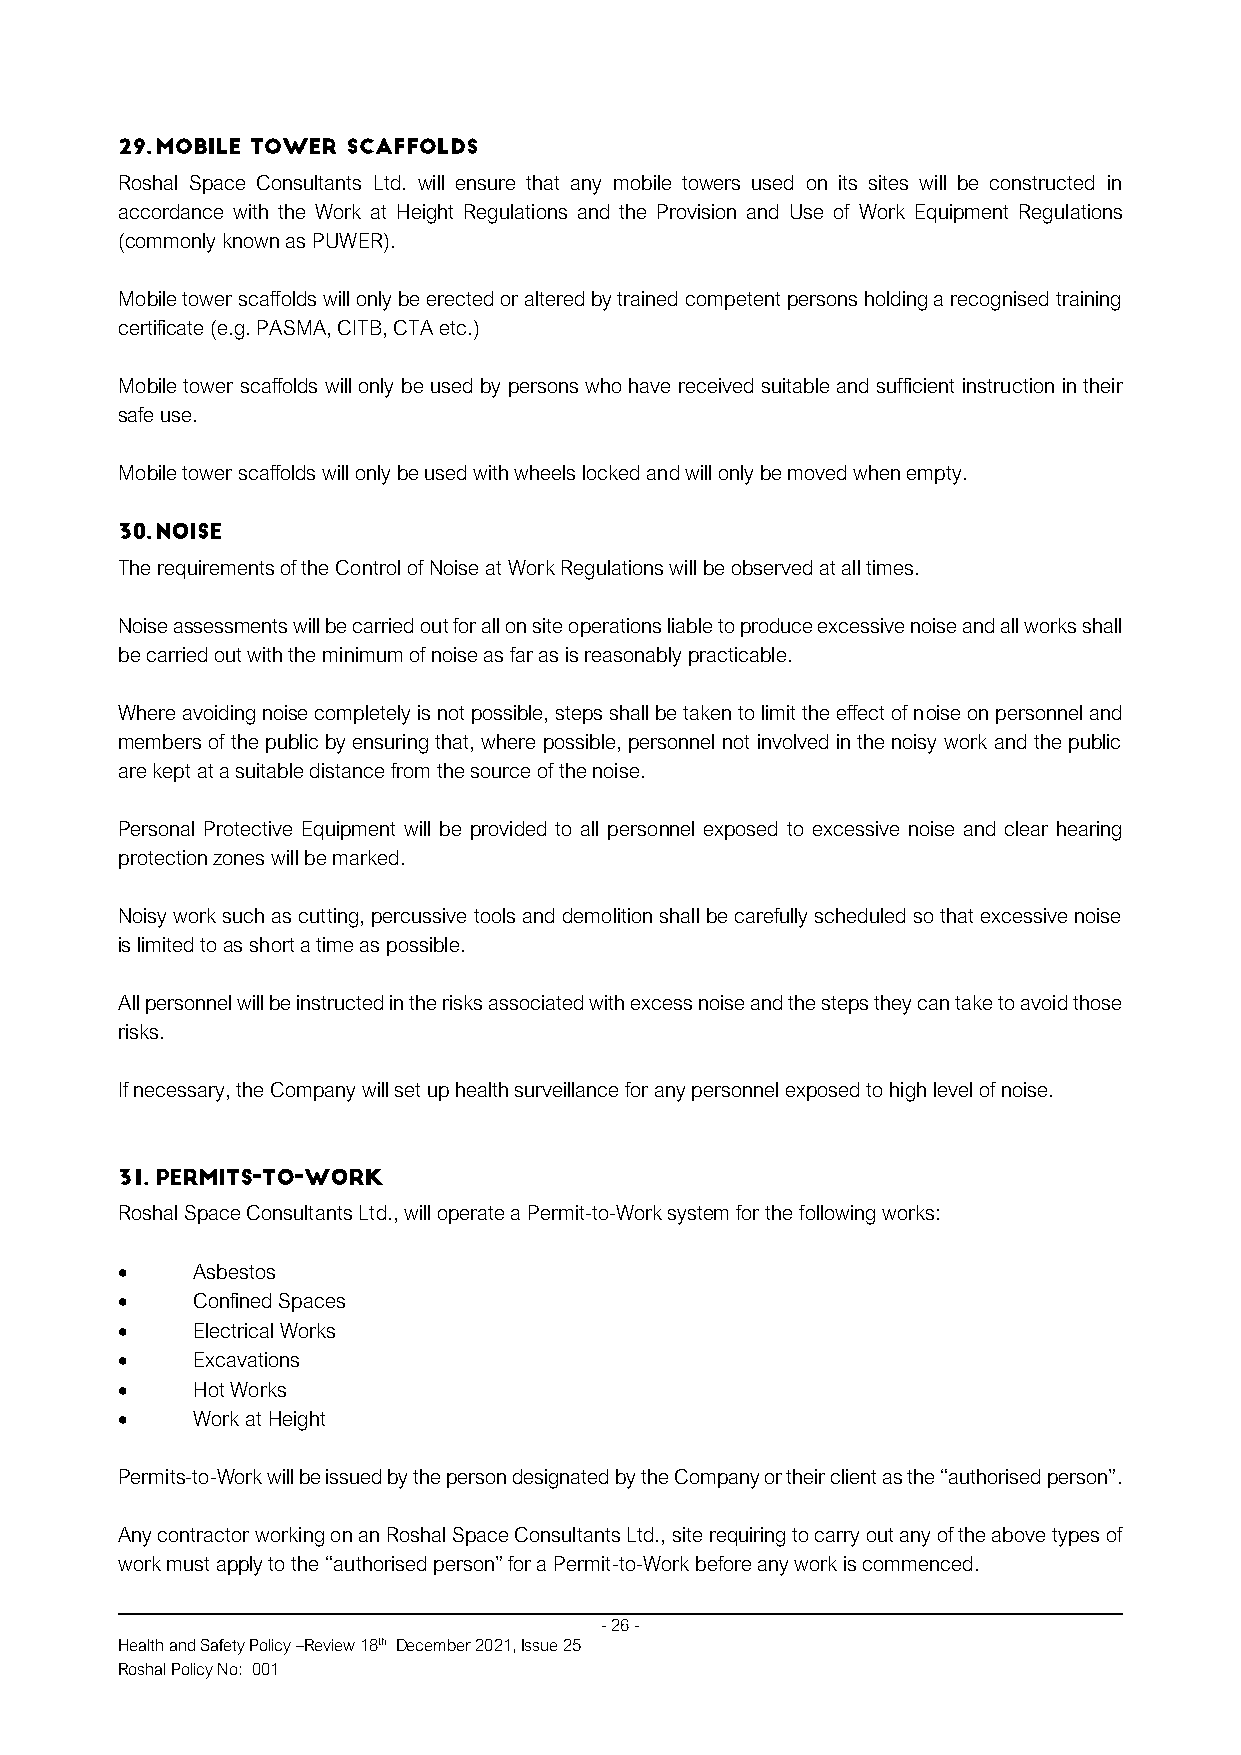
Roshal Space Consultants Ltd. will ensure that any mobile towers used on its sites will be constructed in
 accordance with the Work at Height Regulations and the Provision and Use of Work Equipment Regulations
 (commonly known as PUWER).
 Mobile tower scaffolds will only be erected or altered by trained competent persons holding a recognised training
 certificate (e.g. PASMA, CITB, CTA etc.)
 Mobile tower scaffolds will only be used by persons who have received suitable and sufficient instruction in their
 safe use.
 Mobile tower scaffolds will only be used with wheels locked and will only be moved when empty.
 The requirements of the Control of Noise at Work Regulations will be observed at all times.
 Noise assessments will be carried out for all on site operations liable to produce excessive noise and all works shall
 be carried out with the minimum of noise as far as is reasonably practicable.
 Where avoiding noise completely is not possible, steps shall be taken to limit the effect of noise on personnel and
 members of the public by ensuring that, where possible, personnel not involved in the noisy work and the public
 are kept at a suitable distance from the source of the noise.
 Personal Protective Equipment will be provided to all personnel exposed to excessive noise and clear hearing
 protection zones will be marked.
 Noisy work such as cutting, percussive tools and demolition shall be carefully scheduled so that excessive noise
 is limited to as short a time as possible.
 All personnel will be instructed in the risks associated with excess noise and the steps they can take to avoid those
 risks.
 If necessary, the Company will set up health surveillance for any personnel exposed to high level of noise.
 Roshal Space Consultants Ltd., will operate a Permit-to-Work system for the following works:
 •    Asbestos
 •    Confined Spaces
 •    Electrical Works
 •    Excavations
 •    Hot Works
 •    Work at Height
 Permits-to-Work will be issued by the person designated by the Company or their client as the “authorised person”.
 Any contractor working on an Roshal Space Consultants Ltd., site requiring to carry out any of the above types of
 work must apply to the “authorised person” for a Permit-to-Work before any work is commenced.
 - 26 -
 Health and Safety Policy –Review 18th December 2021, Issue 25
 Roshal Policy No: 001